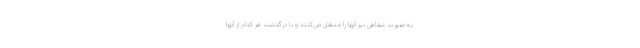
به صورت شفاهی نیز آنها را منتقل می‌کنند و با درگذشت هر کدام از آنها